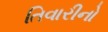
તિવારીનો